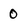
Character: 0